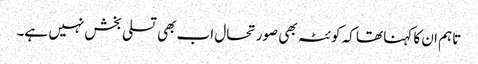
تاہم ان کا کہنا تھا کہ کوئٹہ بھی صورتحال اب بھی تسلی بخش نہیں ہے۔